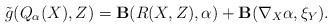
LaTeX: \begin{gather*}\tilde{g}(Q_{\alpha}(X),Z)={\bf B}(R(X,Z),\alpha)+{\bf B}(\nabla_X\alpha,\xi_Y).\end{gather*}